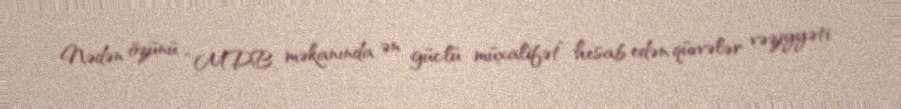
Nədən özünü “MDB məkanında ən güclü müxalifət” hesab edən qüvvələr vəziyyəti